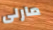
مارلى